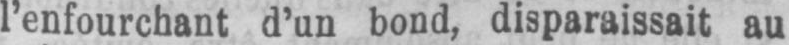
l’enfourchant d’un bond, disparaissait au